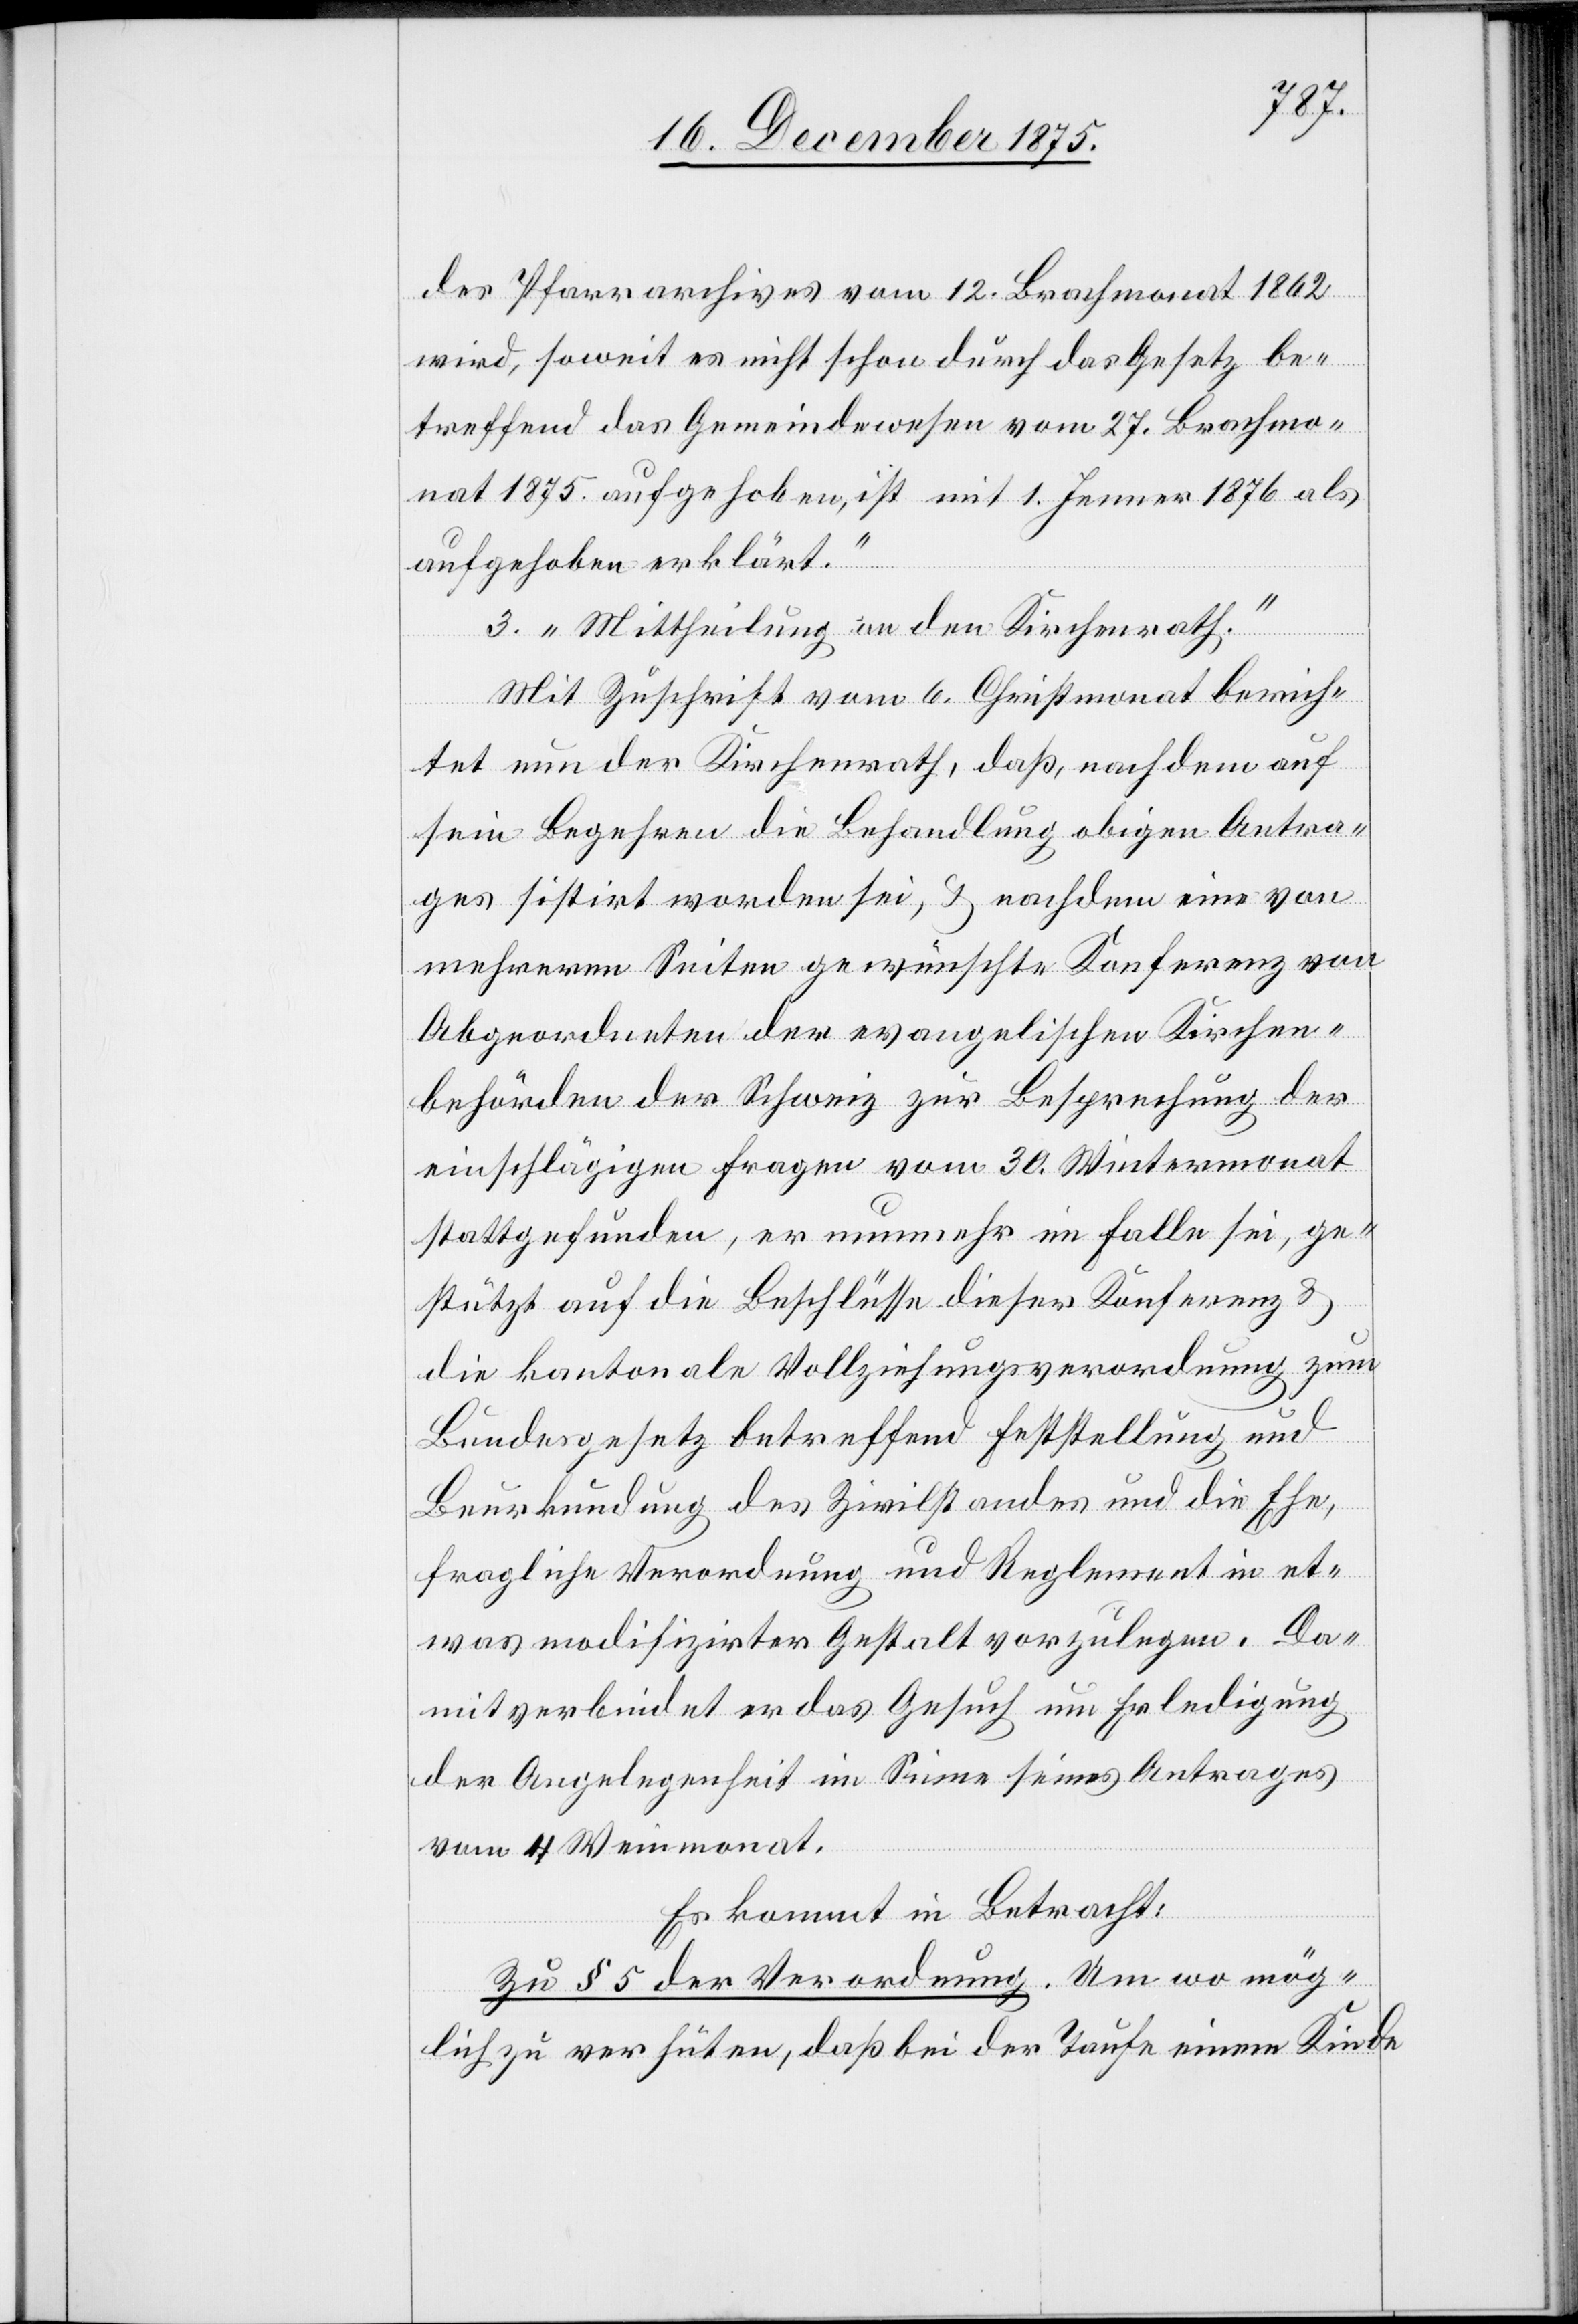
des Pfarrarchives vom 12. Brachmonat 1862
wird, soweit es nicht schon durch das Gesetz be¬
treffend das Gemeindewesen vom 27. Brachmo¬
nat 1875 aufgehoben, ist mit 1. Jenner 1876 als
aufgehoben erklärt.“
3. „Mittheilung an den Kirchenrath.“
Mit Zuschrift vom 6. Christmonat berich¬
tet nun der Kirchenrath, daß, nachdem auf
sein Begehren die Behandlung obigen Antra¬
ges sistirt worden sei, & nachdem eine von
mehreren Seiten gewünschte Konferenz von
Abgeordneten der evangelischen Kirchen¬
behörden der Schweiz zur Besprechung der
einschlägigen Fragen vom 30. Wintermonat
stattgefunden, er nunmehr im Falle sei, ge¬
stützt auf die Beschlüsse dieser Konferenz &
die kantonale Vollziehungsverordnung zum
Bundesgesetz betreffend Feststellung und
Beurkundung des Zivilstandes und die Ehe,
fragliche Verordnung und Reglement in et¬
was modifizirter Gestalt vorzulegen. Da¬
mit verbindet er das Gesuch um Erledigung
der Angelegenheit im Sinne seines Antrages
vom 4. Weinmonat.
Es kommt in Betracht:
Zu § 5 der Verordnung. Um womög¬
lich zu verhüten, daß bei der Taufe einem Kinde